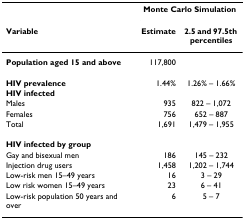
|  | <COLSPAN=2> Monte Carlo Simulation |
 | Variable | Estimate | 2.5 and 97.5th percentiles |
 | --- | --- | --- |
 | Population aged 15 and above | 117,800 |  |
 | HIV prevalence | 1.44% | 1.26% – 1.66% |
 | HIV infected |  |  |
 | Males | 935 | 822 – 1,072 |
 | Females | 756 | 652 – 887 |
 | Total | 1,691 | 1,479 – 1,955 |
 | HIV infected by group |  |  |
 | Gay and bisexual men | 186 | 145 – 232 |
 | Injection drug users | 1,458 | 1,202 – 1,744 |
 | Low-risk men 15–49 years | 16 | 3 – 29 |
 | Low risk women 15–49 years | 23 | 6 – 41 |
 | Low-risk population 50 years and over | 6 | 5 – 7 |